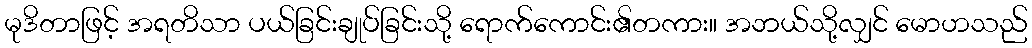
မုဒိတာဖြင့် အရတိသာ ပယ်ခြင်းချုပ်ခြင်းသို့ ရောက်ကောင်း၏တကား။ အဘယ်သို့လျှင် မောဟသည်